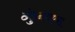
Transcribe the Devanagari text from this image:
ठंठुननएना